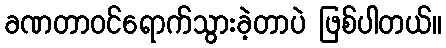
ခဏတာဝင်ရောက်သွားခဲ့တာပဲ ဖြစ်ပါတယ်။